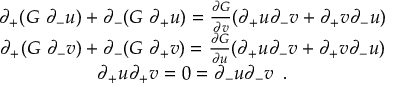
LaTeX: \begin{array} { c } { { \partial _ { + } ( G \, \, \partial _ { - } u ) + \partial _ { - } ( G \, \, \partial _ { + } u ) = \frac { \partial G } { \partial v } ( \partial _ { + } u \partial _ { - } v + \partial _ { + } v \partial _ { - } u ) } } \\ { { \partial _ { + } ( G \, \, \partial _ { - } v ) + \partial _ { - } ( G \, \, \partial _ { + } v ) = \frac { \partial G } { \partial u } ( \partial _ { + } u \partial _ { - } v + \partial _ { + } v \partial _ { - } u ) } } \\ { { \partial _ { + } u \partial _ { + } v = 0 = \partial _ { - } u \partial _ { - } v \, \, \, . } } \end{array}